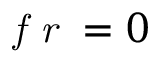
\textit { f r } = 0